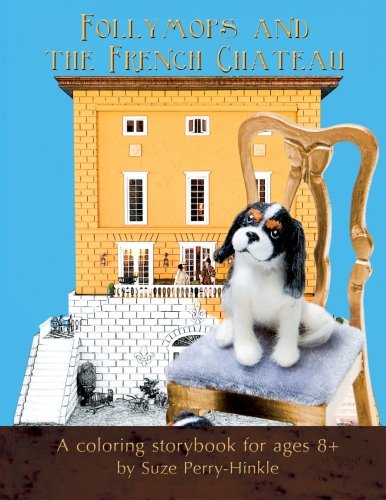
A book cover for Follymops and the French Chateau: A coloring storybook for ages 8+ (Dollhouse Dogs) (Volume 1); Suze Perry-Hinkle; Teen & Young Adult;